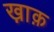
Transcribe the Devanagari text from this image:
ख़ाक़